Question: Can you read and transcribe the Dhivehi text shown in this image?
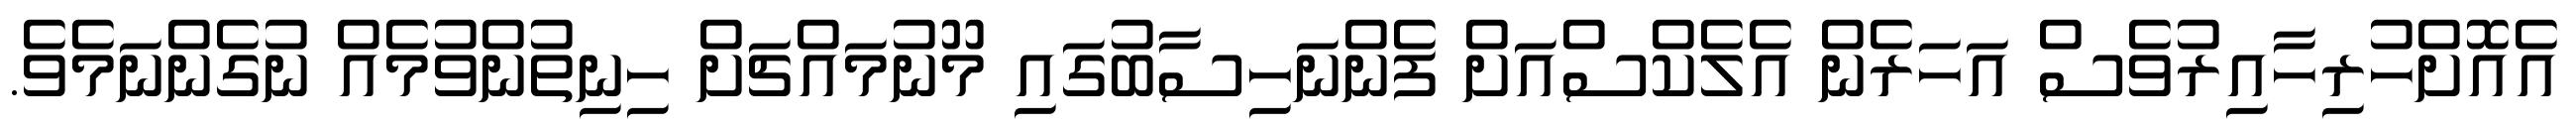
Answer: އެއޮށްހުރިހާއިރުވެސް އަހަރެން އެލެކްސްއަށް ފެންނަހިސާބުގައި މޫނުމައްޗަށް ހިނިތުންވުމެއް ނުގެންނަމެވެ.